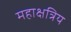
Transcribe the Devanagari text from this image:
महाक्षत्रिय